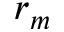
r _ { m }